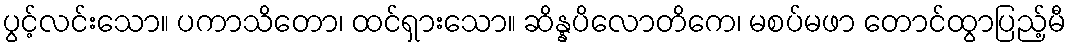
ပွင့်လင်းသော။ ပကာသိတော၊ ထင်ရှားသော။ ဆိန္နပိလောတိကေ၊ မစပ်မဖာ တောင်ထွာပြည့်မီ